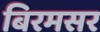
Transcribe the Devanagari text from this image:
बिरमसर